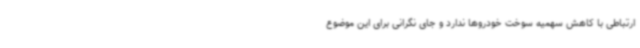
ارتباطی با کاهش سهمیه سوخت خودروها ندارد و جای نگرانی برای این موضوع